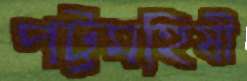
পট্টমহিষী